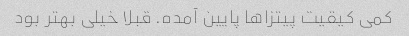
کمی کیقیت پیتزا‌ها پایین آمده. قبلا خیلی بهتر بود